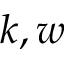
k , w